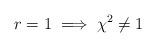
LaTeX: \begin{align*} r=1 \implies \chi^2 \neq 1 \end{align*}